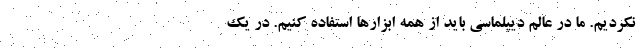
نكرديم. ما در عالم ديپلماسي بايد از همه ابزارها استفاده كنيم. در يك